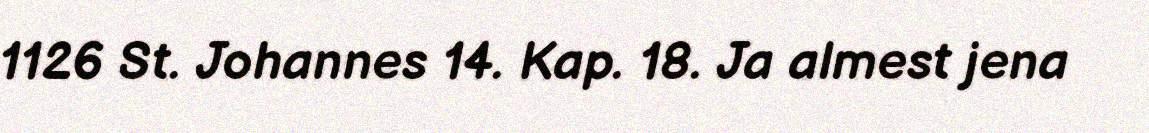
1126 St. Johannes 14. Kap. 18. Ja almest jena